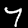
Digit: 7